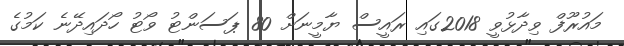
މައުރޫފް ވިދާޅުވީ 2018ގައި ރައީސް ޔާމީނަށް 80 ޕަސަންޓު ވޯޓު ހޯދައިދޭނެ ކަމުގެ